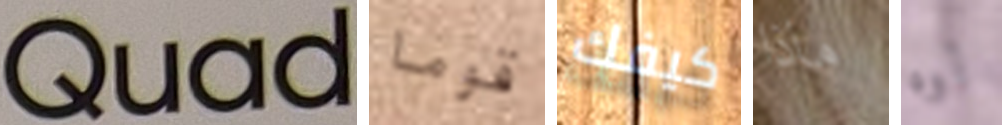
Quad قوما كيفك ماذا أوه